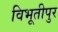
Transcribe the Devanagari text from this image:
विभूतीपुर